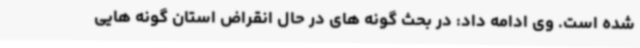
شده است. وی ادامه داد: در بحث گونه های در حال انقراض استان گونه هایی